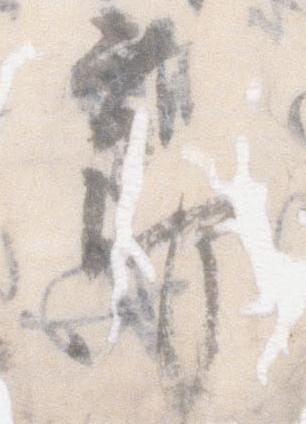
節